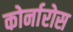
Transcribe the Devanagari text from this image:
कोर्नारोस